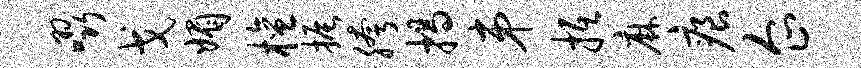
啜戈媚檀振胯揭弟抵麻痕企